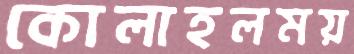
কোলাহলময়